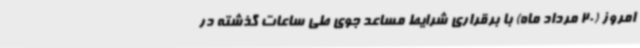
امروز (20 مرداد ماه) با برقراری شرایط مساعد جوی طی ساعات گذشته در